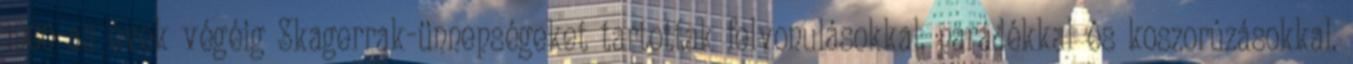
1960-as évek végéig Skagerrak-ünnepségeket tartottak felvonulásokkal, parádékkal és koszorúzásokkal.